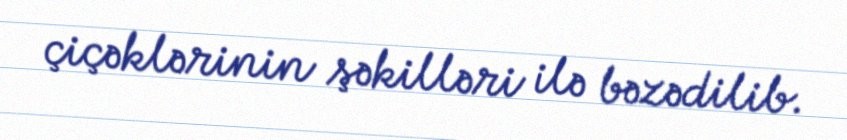
çiçəklərinin şəkilləri ilə bəzədilib.